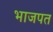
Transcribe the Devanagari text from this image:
भाजपत